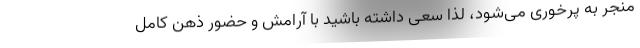
منجر به پرخوری می‌شود، لذا سعی داشته باشید با آرامش و حضور ذهن کامل